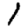
Digit: 1